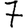
Digit: 7